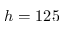
h = 1 2 5